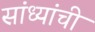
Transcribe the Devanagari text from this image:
सांध्यांची